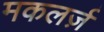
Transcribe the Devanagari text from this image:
मकलर्ज़